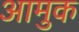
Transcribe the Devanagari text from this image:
आमुक